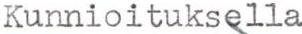
Kunnioituksella